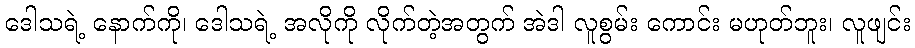
ဒေါသရဲ့ နောက်ကို၊ ဒေါသရဲ့ အလိုကို လိုက်တဲ့အတွက် အဲဒါ လူစွမ်း ကောင်း မဟုတ်ဘူး၊ လူဖျင်း